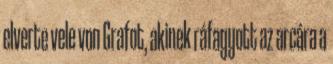
elverte vele von Grafot, akinek ráfagyott az arcára a